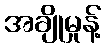
အချိုမှုန့်